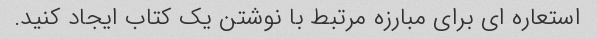
استعاره ای برای مبارزه مرتبط با نوشتن یک کتاب ایجاد کنید.